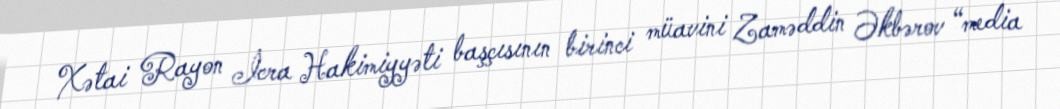
Xətai Rayon İcra Hakimiyyəti başçısının birinci müavini Zaməddin Əkbərov “media